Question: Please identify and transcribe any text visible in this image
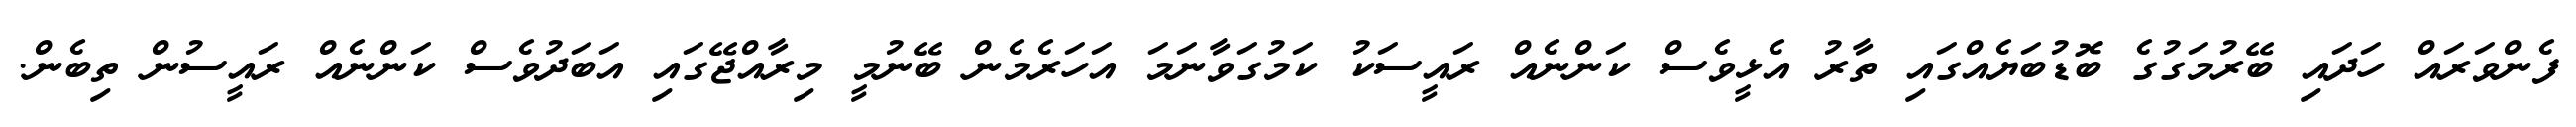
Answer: ފެންވަރައް ހަދައި ބޭރުމަގުގެ ބޮޑުބަޔެއްގައި ތާރު އެޅީވެސް ކަންނެއް ރައީސަކު ކަމުގަވާނަމަ އަހަރެމެން ބޭނުމީ މިރާއްޖޭގައި އަބަދުވެސް ކަންނެއް ރައީސުން ތިބެން.